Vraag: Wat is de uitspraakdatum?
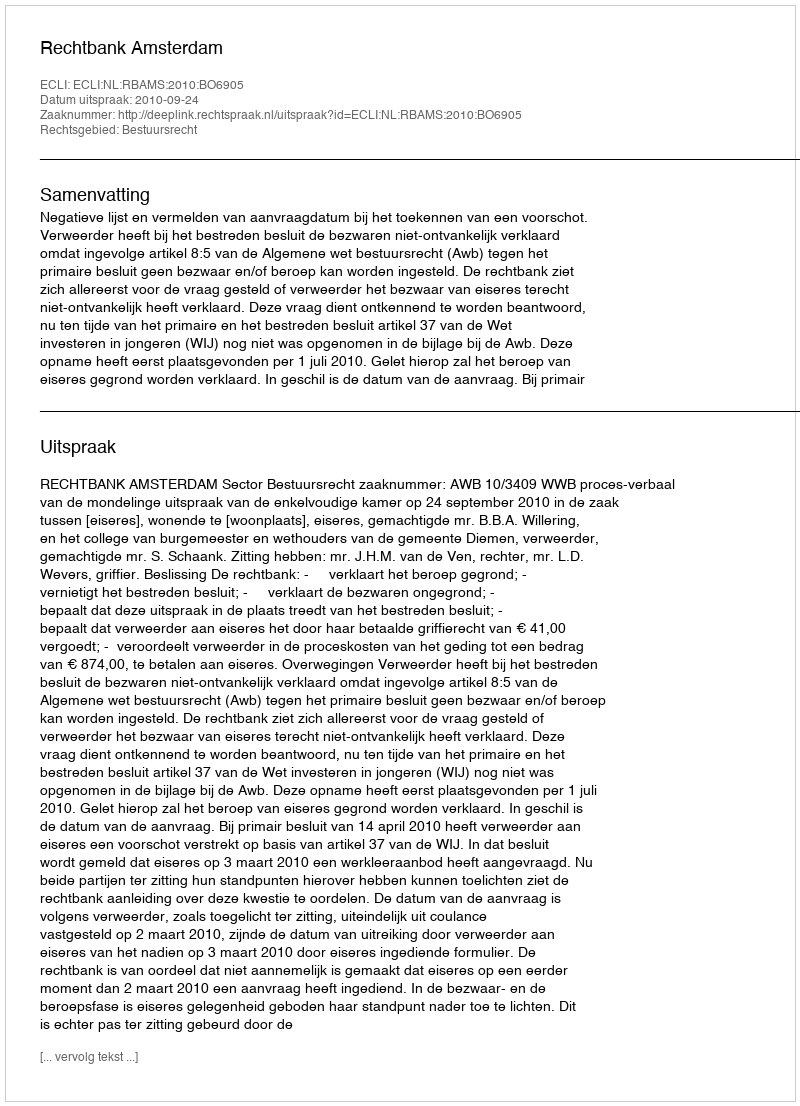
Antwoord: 2010-09-24